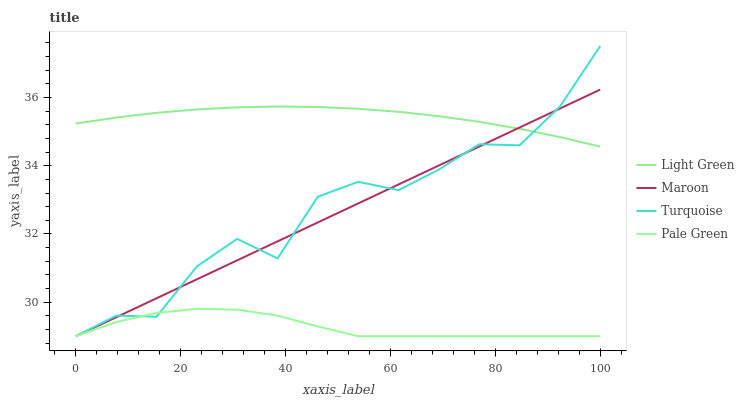
| xaxis_label | Light Green | Maroon | Turquoise | Pale Green |
 | --- | --- | --- | --- | --- |
 | 0 | 35.2 | 29 | 29 | 29 |
 | 7.69 | 35.4 | 29.6 | 29.6 | 29.4 |
 | 15.4 | 35.6 | 30.1 | 29.6 | 29.7 |
 | 23.1 | 35.7 | 30.7 | 31 | 29.8 |
 | 30.8 | 35.7 | 31.2 | 31.9 | 29.8 |
 | 38.5 | 35.7 | 31.8 | 31.3 | 29.6 |
 | 46.2 | 35.7 | 32.3 | 33.1 | 29.3 |
 | 53.8 | 35.7 | 32.9 | 33.5 | 29 |
 | 61.5 | 35.6 | 33.5 | 33.3 | 29 |
 | 69.2 | 35.5 | 34 | 33.9 | 29 |
 | 76.9 | 35.3 | 34.6 | 34.6 | 29 |
 | 84.6 | 35.1 | 35.1 | 34.6 | 29 |
 | 92.3 | 34.8 | 35.7 | 35.7 | 29 |
 | 100 | 34.6 | 36.2 | 37.5 | 29 |